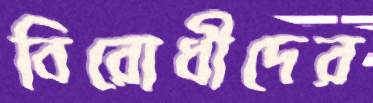
বিরোধীদের